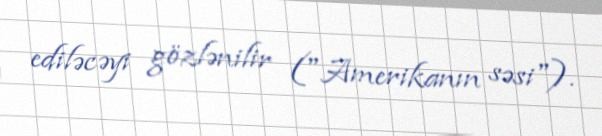
ediləcəyi gözlənilir ("Amerikanın səsi").